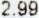
2.99